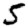
Digit: 5